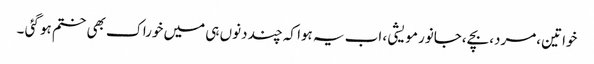
خواتین ،مرد،بچے ،جانور مویشی ، اب یہ ہوا کہ چند دنوں ہی میں خوراک بھی ختم ہو گئی ۔